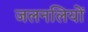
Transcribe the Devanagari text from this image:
जलनलियों